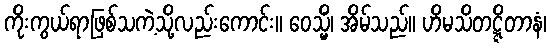
ကိုးကွယ်ရာဖြစ်သကဲ့သို့လည်းကောင်း။ ဝေသ္မိံ၊ အိမ်သည်။ ဟိမသိတဋ္ဋိတာနံ၊